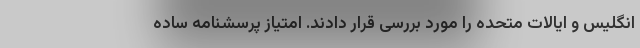
انگلیس و ایالات متحده را مورد بررسی قرار دادند. امتیاز پرسشنامه ساده